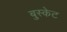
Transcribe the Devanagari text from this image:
बुस्केट